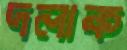
দলাক